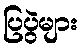
ပြပွဲများ